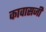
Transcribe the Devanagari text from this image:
कावासजी